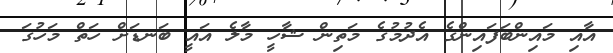
އާއި މައިންބަފައިންގެ އެދުމުގެ މަތިން ޝާހީ މާލެ އައީ ބަނޑަށް ހަތް މަހުގަ